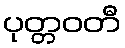
ပုတ္တဝတီ